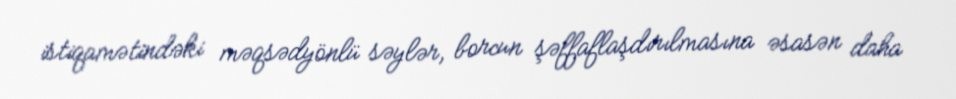
istiqamətindəki məqsədyönlü səylər, borcun şəffaflaşdırılmasına əsasən daha